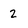
Character: 2